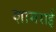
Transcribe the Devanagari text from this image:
शामराई